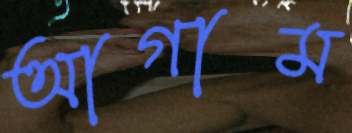
আগাম